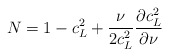
\begin{align*}N=1-c_L^2+\frac \nu {2c_L^2}\frac{\partial c_L^2}{\partial \nu } \end{align*}